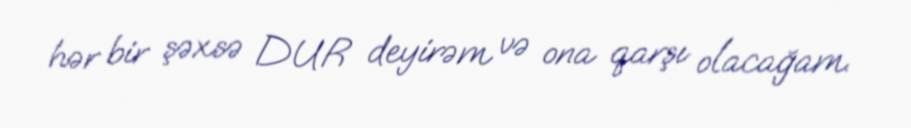
hər bir şəxsə DUR deyirəm və ona qarşı olacağam.